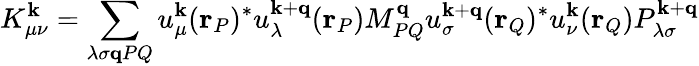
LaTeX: K_{\mu\nu}^{\mathbf{k}}=\sum_{\lambda\sigma\mathbf{q}PQ}u_{\mu}^{\mathbf{k}}(\mathbf{r}_{P})^{*}u_{\lambda}^{\mathbf{k}+\mathbf{q}}(\mathbf{r}_{P})M_{PQ}^{\mathbf{q}}u_{\sigma}^{\mathbf{k}+\mathbf{q}}(\mathbf{r}_{Q})^{*}u_{\nu}^{\mathbf{k}}(\mathbf{r}_{Q})P_{\lambda\sigma}^{\mathbf{k}+\mathbf{q}}